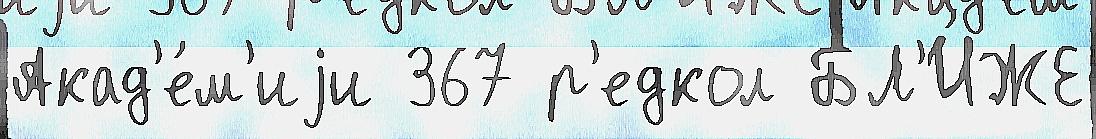
Акад'е́м'иjи 367 р'едкол БЛ'И́ЖЕ